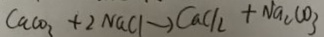
C a C O _ { 3 } + 2 N a C l \rightarrow C a C l _ { 2 } + N a _ { 2 } C O _ { 3 }